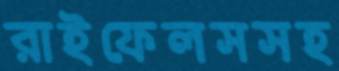
রাইফেলসসহ